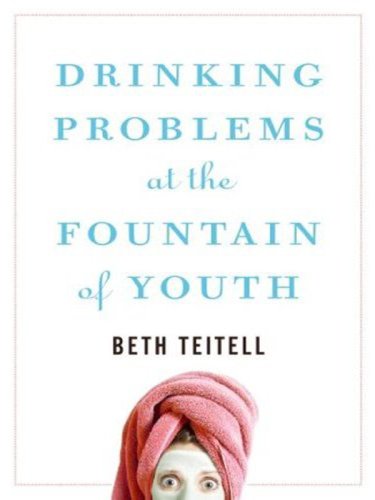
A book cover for Drinking Problems at the Fountain of Youth LP; Beth Teitell; Health, Fitness & Dieting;